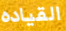
القياده